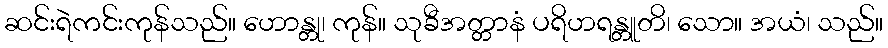
ဆင်းရဲကင်းကုန်သည်။ ဟောန္တု၊ ကုန်။ သုခီအတ္တာနံ ပရိဟရန္တူတိ၊ သော။ အယံ၊ သည်။